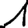
Digit: 1